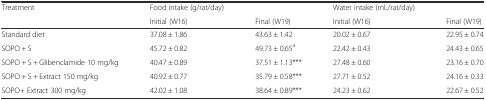
| Treatment | Food intake (g/rat/day) |  | Water intake (mL/rat/day) |  |
 |  | Initial (W16) | Final (W19) | Initial (W16) | Final (W19) |
 | --- | --- | --- | --- | --- |
 | Standard diet | 37.08 ± 1.86 | 43.63 ± 1.42 | 20.02 ± 0.67 | 22.95 ± 0.74 |
 | SOPO + S | 45.72 ± 0.82 | 49.73 ± 0.65a | 22.42 ± 0.43 | 24.43 ± 0.65 |
 | SOPO + S + Glibenclamide 10 mg/kg | 40.47 ± 0.89 | 37.51 ± 1.13*** | 27.48 ± 0.60 | 23.16 ± 0.70 |
 | SOPO + S + Extract 150 mg/kg | 40.92 ± 0.77 | 35.79 ± 0.58*** | 27.71 ± 0.52 | 24.16 ± 0.33 |
 | SOPO+ Extract 300 mg/kg | 42.02 ± 1.08 | 38.64 ± 0.89*** | 24.23 ± 0.62 | 22.67 ± 0.52 |